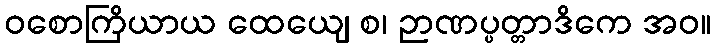
ဝစောကြိယာယ ထေယျေ စ၊ ဉာဏပ္ပတ္တာဒိကေ အဝ။